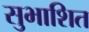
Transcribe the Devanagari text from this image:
सुभाशित